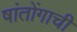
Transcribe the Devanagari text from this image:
षांतोंगाची